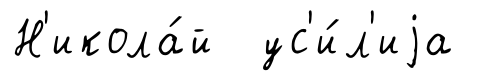
Н'икола́й ус'и́л'иjа